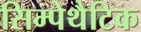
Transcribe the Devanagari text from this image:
सिम्पेथैटिक